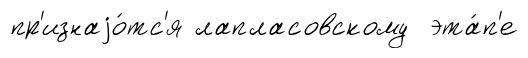
пр'изнаjо́тс'я лапласовскому эта́п'е